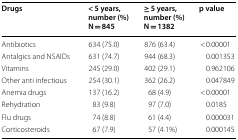
<table><thead><tr><td><b>Drugs</b></td><td><b>&lt; 5 years, number (%)N = 845</b></td><td><b>≥ 5 years, number (%)N = 1382</b></td><td><b>p value</b></td></tr></thead><tbody><tr><td>Antibiotics</td><td>634 (75.0)</td><td>876 (63.4)</td><td>&lt; 0.00001</td></tr><tr><td>Antalgics and NSAIDs</td><td>631 (74.7)</td><td>944 (68.3)</td><td>0.001353</td></tr><tr><td>Vitamins</td><td>245 (29.0)</td><td>402 (29.1)</td><td>0.962106</td></tr><tr><td>Other anti infectious</td><td>254 (30.1)</td><td>362 (26.2)</td><td>0.047849</td></tr><tr><td>Anemia drugs</td><td>137 (16.2)</td><td>68 (4.9)</td><td>&lt; 0.00001</td></tr><tr><td>Rehydration</td><td>83 (9.8)</td><td>97 (7.0)</td><td>0.0185</td></tr><tr><td>Flu drugs</td><td>74 (8.8)</td><td>61 (4.4)</td><td>0.000031</td></tr><tr><td>Corticosteroids</td><td>67 (7.9)</td><td>57 (4.1%)</td><td>0.000145</td></tr></tbody></table>